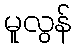
မူလွန်